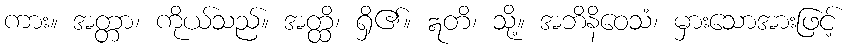
ကား။ အတ္တာ၊ ကိုယ်သည်။ အတ္ထိ၊ ရှိ၏။ ဣတိ၊ သို့။ အဘိနိဝေသံ၊ မှားသောအားဖြင့်